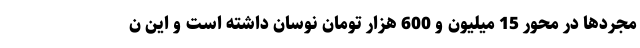
مجردها در محور 15 میلیون و 600 هزار تومان نوسان داشته است و این ن